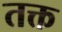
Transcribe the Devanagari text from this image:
तक्त